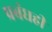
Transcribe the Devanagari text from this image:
प्रबंधही